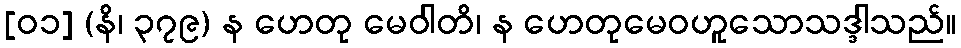
[၀၁] (နိ၊ ၃၇၉) န ဟေတု မေဝါတိ၊ န ဟေတုမေဝဟူသောသဒ္ဒါသည်။